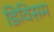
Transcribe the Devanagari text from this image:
डिविसम